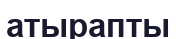
атырапты